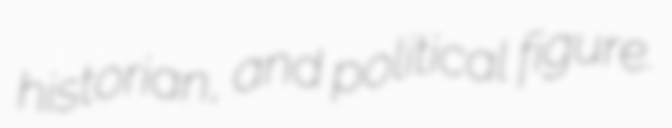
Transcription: historian, and political figure.